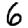
Digit: 6